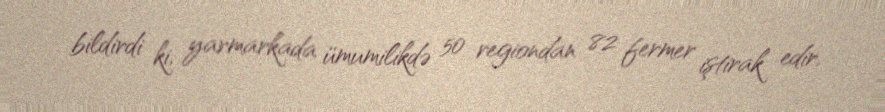
bildirdi ki, yarmarkada ümumilikdə 50 regiondan 82 fermer iştirak edir.